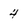
Character: 4